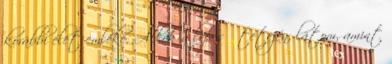
korábbi élet emléke. Állok a lépcső tetején, látom, amint